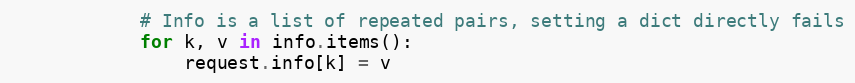
Language: Python
            # Info is a list of repeated pairs, setting a dict directly fails
            for k, v in info.items():
                request.info[k] = v